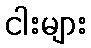
ငါးများ